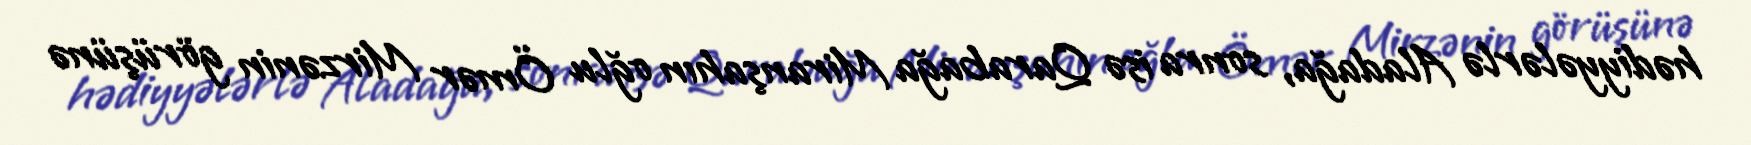
hədiyyələrlə Aladağa, sonra isə Qarabağa Miranşahın oğlu Ömər Mirzənin görüşünə